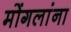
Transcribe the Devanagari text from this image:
मोंगलांना